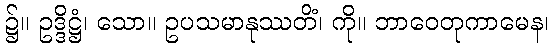
၌။ ဥဒ္ဒိဋ္ဌံ၊ သော။ ဥပသမာနုဿတိံ၊ ကို။ ဘာဝေတုကာမေန၊